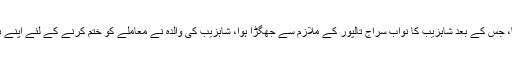
بہن نے گھر فون کیا ماں نے بیٹے کو بھیجا، جس کے بعد شاہزیب کا نواب سراج تالپور کے ملازم سے جھگڑا ہوا، شاہزیب کی والدہ نے معاملے کو ختم کرنے کے لئے اپنے بیٹے کو ملزمان سے معافی مانگنے کو کہا۔